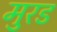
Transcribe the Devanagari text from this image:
मुरड